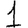
Digit: 1